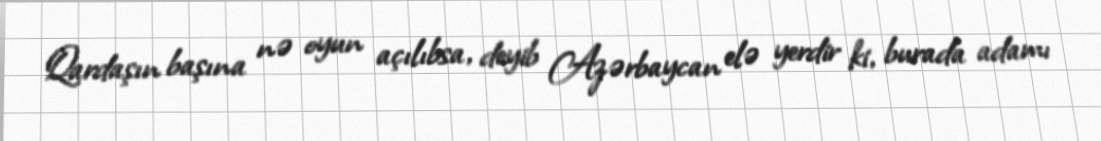
Qardaşın başına nə oyun açılıbsa, deyib Azərbaycan elə yerdir ki, burada adamı